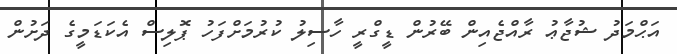
އަޙްމަދު ޝުޖާޢު ރާއްޖެއިން ބޭރުން ޑީގްރީ ހާސިލު ކުރުމަށްފަހު ޕޮލިސް އެކަޑަމީގެ ދަށުން